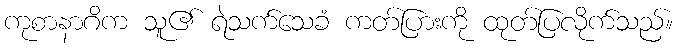
ကုစာနာဂိက သူ၏ ရဲသက်သေခံ ကတ်ပြားကို ထုတ်ပြလိုက်သည်။